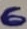
Text: 6